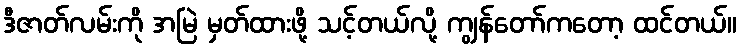
ဒီဇာတ်လမ်းကို အမြဲ မှတ်ထားဖို့ သင့်တယ်လို့ ကျွန်တော်ကတော့ ထင်တယ်။